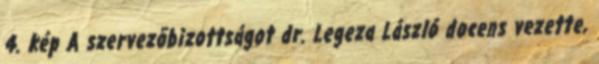
4. kép A szervezõbizottságot dr. Legeza László docens vezette,